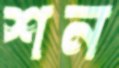
শন